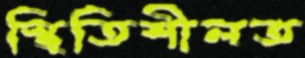
স্থিতিশীলত